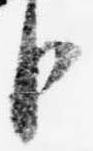
臣